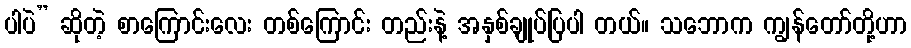
ပါပဲ” ဆိုတဲ့ စာကြောင်းလေး တစ်ကြောင်း တည်းနဲ့ အနှစ်ချုပ်ပြပါ တယ်။ သဘောက ကျွန်တော်တို့ဟာ